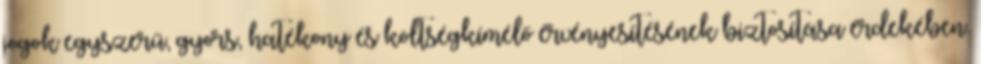
jogok egyszerű, gyors, hatékony és költségkímélő érvényesítésének biztosítása érdekében.